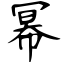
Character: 幂